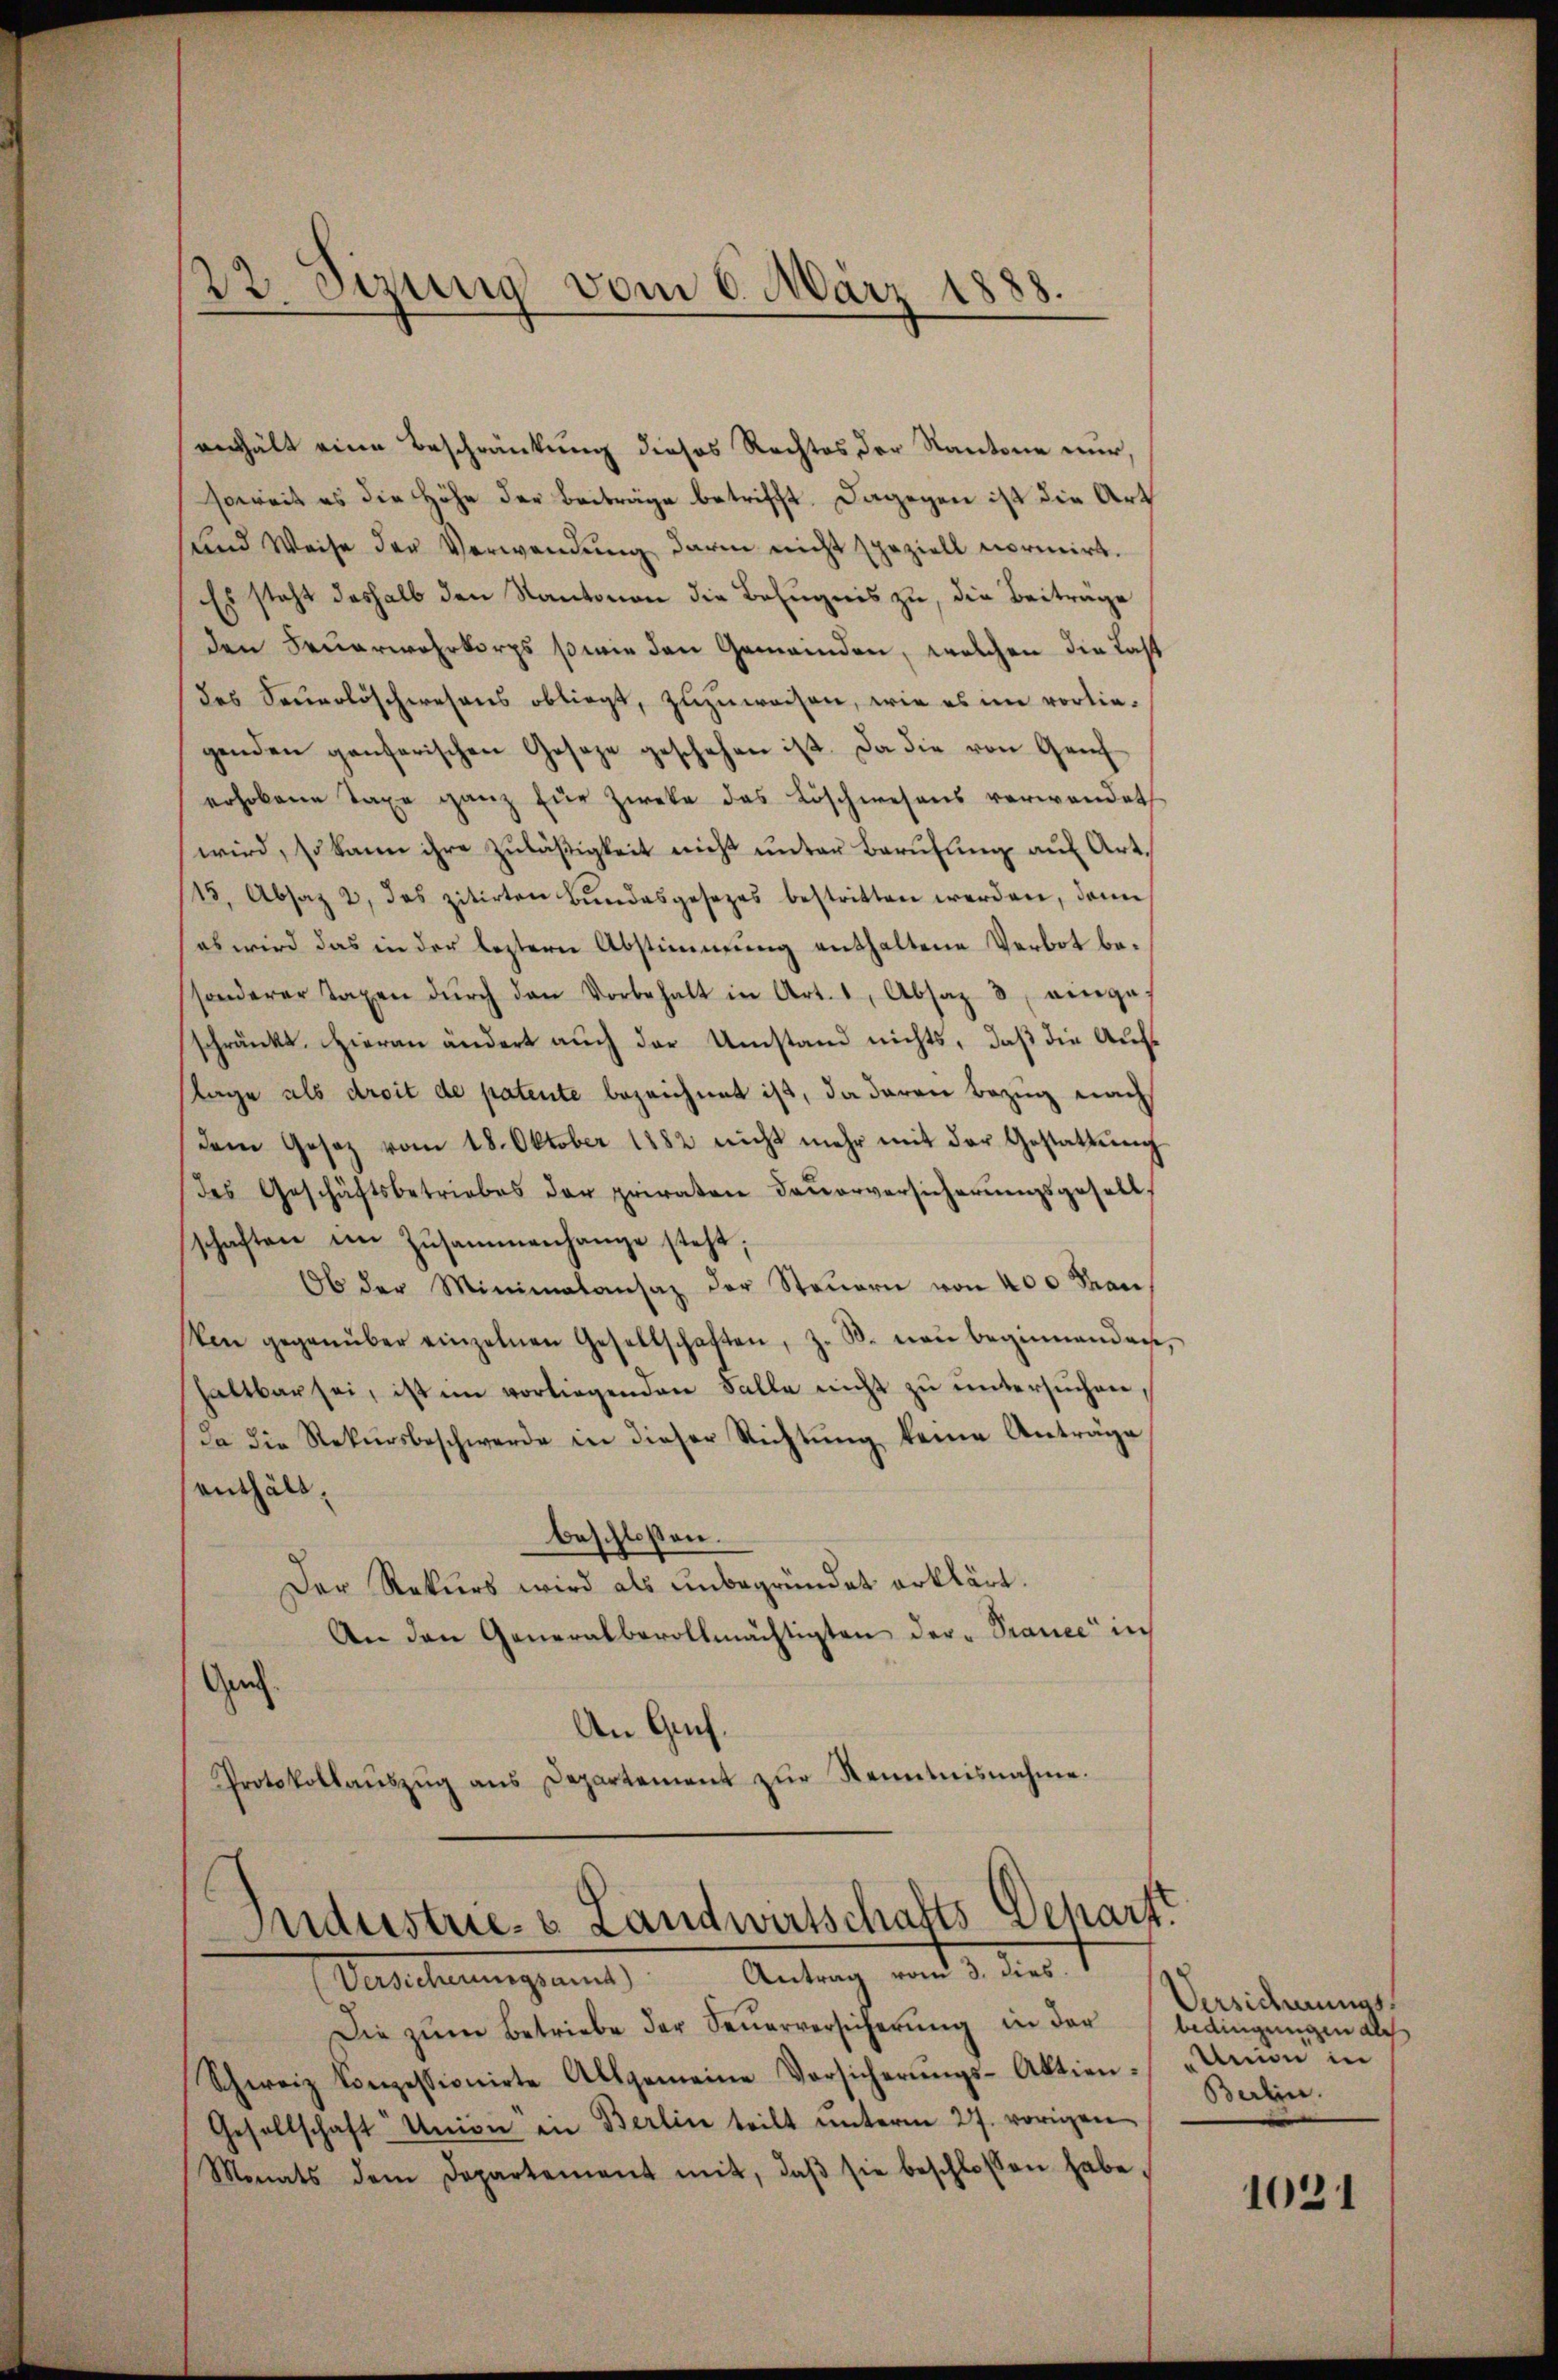
22. Sizung vom 6. März 1888.

verhält eine Beschränkung dieses Rechtes der Kantone nur,
soweit es die Höhe der Beiträge betrifft. Dagegen ist die Art
und Weise der Verwendung darin nicht speziell normirt.
Es steht deshalb den Kantonen die Befugnis zu, die Beiträge
den Feuerwehrkorps sowie den Gemeinden, welchen die Last
des Sauerlöschwesens obliegt, zuzuweisen, wie es im vorliegenden ganzerischen Geseze geschehen ist. Da die von Genferhobene Taxe ganz für Zweke das Löschwesens verwendet
wird, so kann ihre Zuläßigkeit nicht unter Berufung auf Art.
15. Absaz 2, das zitirten Bŭndesgesezes bestritten werden, dann
es wird das in der leztern Abstimmung enthaltene Verbot besonderer Taxen dŭrch den Vorbehalt in Art. 1, Absaz 3, eingeschränkt. Hieran ändert auch der Umstand nichts, daß die Aufslage als droit de patente bezeichnet ist, da daran Bezug nach
dem Gesetz vom 18. Oktober 1882 nicht mehr mit der Gestattŭng
des Geschäftsbetriebes der privaten Feŭerversicherŭngsgesell,
schaften im Zusammenhange steht;
Ob der Minimalansaz der Steŭern von 400 Fran
ken gegenüber einzelnen Gesellschaften, z. B. von beginnenden
haltbar sei, ist im vorliegenden Falle nicht zu untersuchen,
da die Rekursbeschwerde in dieser Richtung keine Anträge
enthält.
beschlossen.
Der Rekurs wird als unbegründet erklärt.
An den Generalbevollmächtigten der Prance in
Gen
An Gach.
Protokollaŭszŭg ans Departement zŭr Kenntnisnahme.
Industrie- & Landwirtschafts Depart
(Versicherungsamt Antrag vom 3. dies.
Die zum Betriebe der Feuerversicherung in der
Schweiz konzessionirte Allgemeine Vorsicherŭngs-Aktien-
Gesellschaft Union in Berlin teilt unterm 27. vorigen
Monats dem Departement mit, daβ sie beschlossen habe,

Versichenmes
bedingungen als
Union in
Berlin.

1021